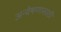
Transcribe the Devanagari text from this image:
अन्वेषणासाठी